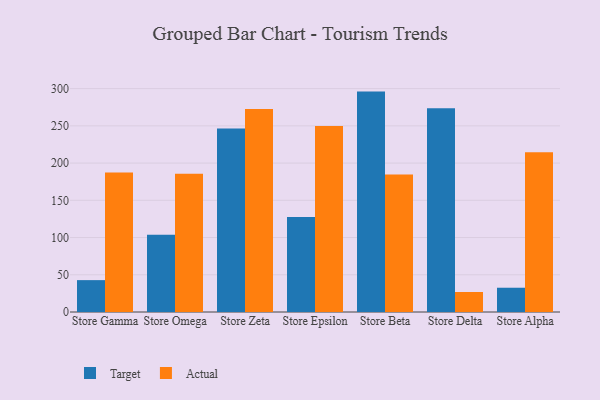
{"axis": {"x": "Store", "y": "Satisfaction Score"}, "legend": ["Actual", "Target"], "data": [{"x": "Store Gamma", "y": 42.8, "type": "Target"}, {"x": "Store Gamma", "y": 187.4, "type": "Actual"}, {"x": "Store Omega", "y": 103.8, "type": "Target"}, {"x": "Store Omega", "y": 185.7, "type": "Actual"}, {"x": "Store Zeta", "y": 246.3, "type": "Target"}, {"x": "Store Zeta", "y": 272.6, "type": "Actual"}, {"x": "Store Epsilon", "y": 127.7, "type": "Target"}, {"x": "Store Epsilon", "y": 249.9, "type": "Actual"}, {"x": "Store Beta", "y": 296.0, "type": "Target"}, {"x": "Store Beta", "y": 184.5, "type": "Actual"}, {"x": "Store Delta", "y": 273.7, "type": "Target"}, {"x": "Store Delta", "y": 26.9, "type": "Actual"}, {"x": "Store Alpha", "y": 32.6, "type": "Target"}, {"x": "Store Alpha", "y": 214.6, "type": "Actual"}]}